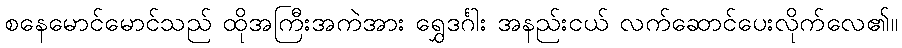
စနေမောင်မောင်သည် ထိုအကြီးအကဲအား ရွှေဒင်္ဂါး အနည်းငယ် လက်ဆောင်ပေးလိုက်လေ၏။